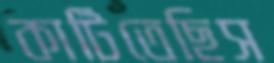
কাটিতেছিস